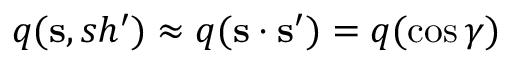
q ( { \bf s } , s h ^ { \prime } ) \approx q ( { \bf s } \cdot { \bf s } ^ { \prime } ) = q ( \cos \gamma )